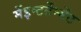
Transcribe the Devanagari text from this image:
मेंइन्टर्टेन्मेंट